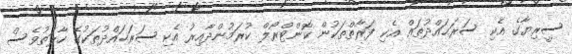
ސީރިޔާގެ އެކި ސަރަޙައްދުތައް އެކި ފަރާތްތަކުން ކޮންޓްރޯލް ކުރަމުންދާއިރު އެކި ސަރަޙައްދުތަކުގެ ހާލަތުވެސް